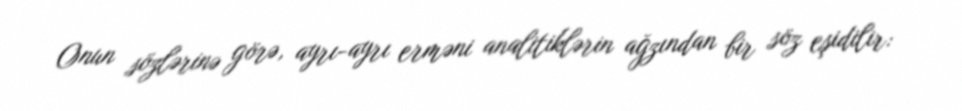
Onun sözlərinə görə, ayrı-ayrı erməni analitiklərin ağzından bir söz eşidilir: